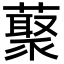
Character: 藂